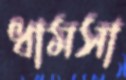
ধামসা